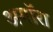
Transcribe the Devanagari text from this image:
अगॉरा